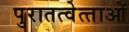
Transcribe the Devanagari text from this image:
पुरातत्‍वेत्‍ताओं